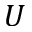
U